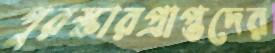
পুরস্কারপ্রাপ্তদের